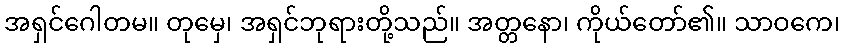
အရှင်ဂေါတမ။ တုမှေ၊ အရှင်ဘုရားတို့သည်။ အတ္တနော၊ ကိုယ်တော်၏။ သာဝကေ၊